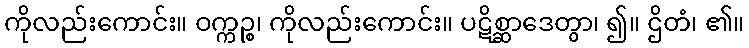
ကိုလည်းကောင်း။ ဝက္ကဉ္စ၊ ကိုလည်းကောင်း။ ပဋိစ္ဆာဒေတွာ၊ ၍။ ဌိတံ၊ ၏။